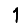
Digit: 1